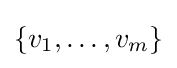
\textstyle \{v_{1},\dots ,v_{m}\}